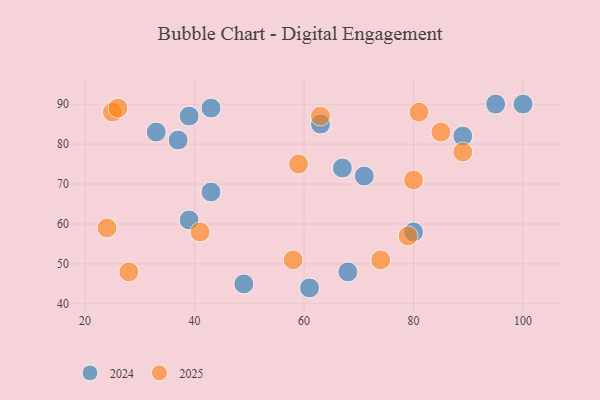
{"axis": {"x": "GDP", "y": "Life Expectancy"}, "legend": ["2024", "2025"], "data": [{"x": "79", "y": 57, "type": "2025"}, {"x": "81", "y": 88, "type": "2025"}, {"x": "74", "y": 51, "type": "2025"}, {"x": "63", "y": 87, "type": "2025"}, {"x": "41", "y": 58, "type": "2025"}, {"x": "28", "y": 48, "type": "2025"}, {"x": "59", "y": 75, "type": "2025"}, {"x": "25", "y": 88, "type": "2025"}, {"x": "26", "y": 89, "type": "2025"}, {"x": "85", "y": 83, "type": "2025"}, {"x": "58", "y": 51, "type": "2025"}, {"x": "80", "y": 71, "type": "2025"}, {"x": "89", "y": 78, "type": "2025"}, {"x": "24", "y": 59, "type": "2025"}, {"x": "49", "y": 45, "type": "2024"}, {"x": "61", "y": 44, "type": "2024"}, {"x": "33", "y": 83, "type": "2024"}, {"x": "43", "y": 89, "type": "2024"}, {"x": "95", "y": 90, "type": "2024"}, {"x": "43", "y": 68, "type": "2024"}, {"x": "71", "y": 72, "type": "2024"}, {"x": "89", "y": 82, "type": "2024"}, {"x": "67", "y": 74, "type": "2024"}, {"x": "80", "y": 58, "type": "2024"}, {"x": "37", "y": 81, "type": "2024"}, {"x": "63", "y": 85, "type": "2024"}, {"x": "100", "y": 90, "type": "2024"}, {"x": "39", "y": 87, "type": "2024"}, {"x": "39", "y": 61, "type": "2024"}, {"x": "68", "y": 48, "type": "2024"}]}